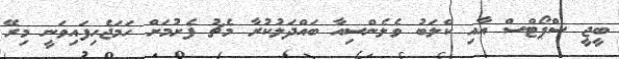
ބީޖީ ސްޕޯޓްސް އާއި ކްލަބު ވެލެންސިއާ ބައްދަލުކުރާ މެޗު ފެށުމަށް ހަމަޖެހިފައިވަނީ މިރޭ